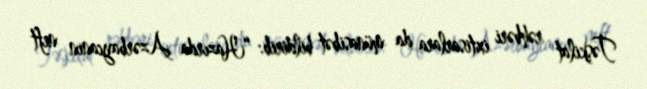
Təşkilat rəhbəri ixtisarlara da münasibət bildirib: “Hazırda Azərbaycanın neft